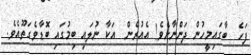
ފަހެ  ބާގައިމީހުން ދަންނާށެވެ! އެއުރެން  އަކާ ނުލައި ބިމުގައި ބޮޑާވެގަތޫއެވެ.